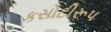
કસોટીરૂપ